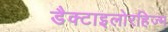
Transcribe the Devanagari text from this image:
डैक्टाइलोरहिज्म